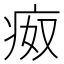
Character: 𰣪